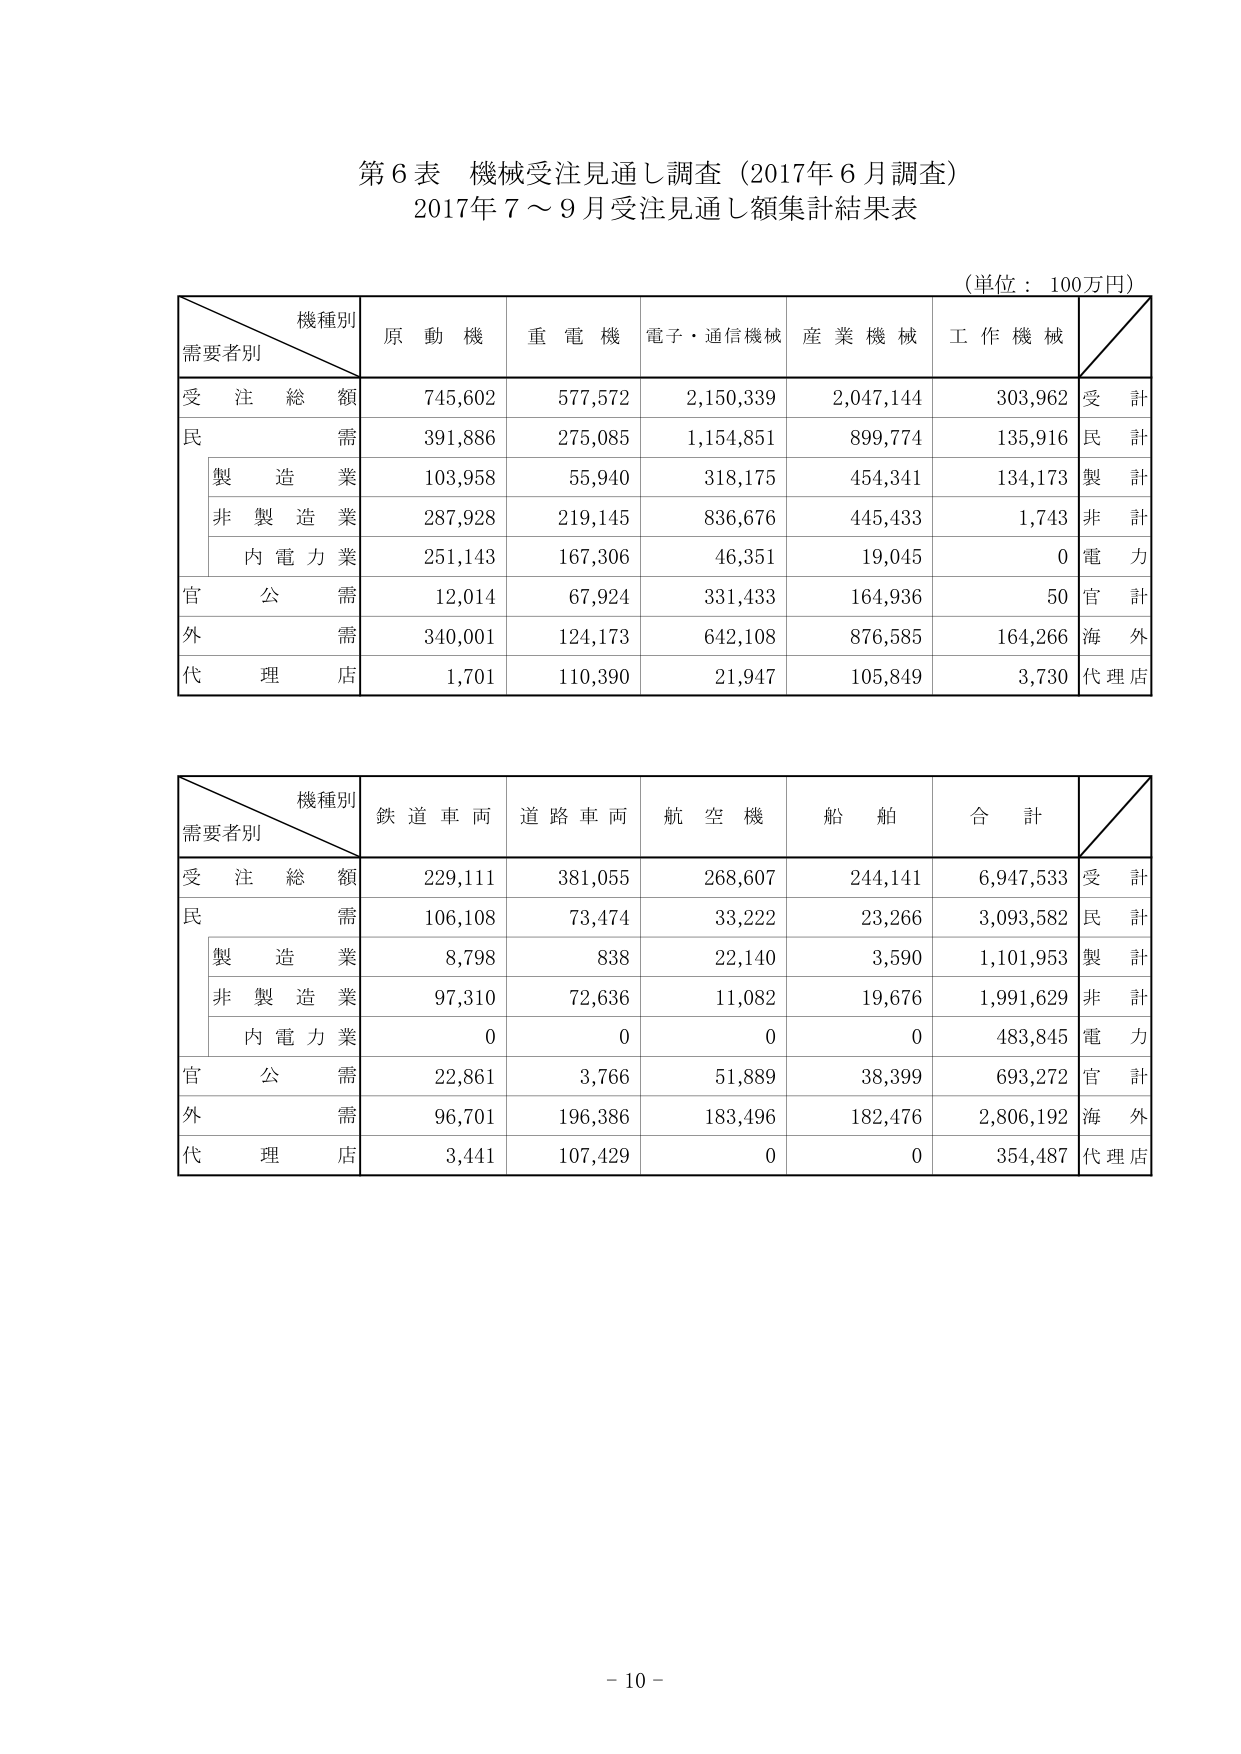
第６表 機械受注見通し調査（2017年６月調査）
2017年７～９月受注見通し額集計結果表

（単位：100万円）

機種別
需要者別
原動機
重電機
電子・通信機械
産業機械
工作機械

受注総額
745,602
577,572
2,150,339
2,047,144
303,962
受計

民需
391,886
275,085
1,154,851
899,774
135,916
民計

　製造業
103,958
55,940
318,175
454,341
134,173
製計

　非製造業
287,928
219,145
836,676
445,433
1,743
非計

　内電力業
251,143
167,306
46,351
19,045
0
電力

官公需
12,014
67,924
331,433
164,936
50
官計

外需
340,001
124,173
642,108
876,585
164,266
海外

代理店
1,701
110,390
21,947
105,849
3,730
代理店

機種別
需要者別
鉄道車両
道路車両
航空機
船舶
合計

受注総額
229,111
381,055
268,607
244,141
6,947,533
受計

民需
106,108
73,474
33,222
23,266
3,093,582
民計

　製造業
8,798
838
22,140
3,590
1,101,953
製計

　非製造業
97,310
72,636
11,082
19,676
1,991,629
非計

　内電力業
0
0
0
0
483,845
電力

官公需
22,861
3,766
51,889
38,399
693,272
官計

外需
96,701
196,386
183,496
182,476
2,806,192
海外

代理店
3,441
107,429
0
0
354,487
代理店

－10－